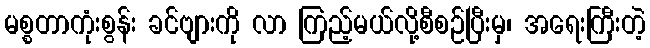
မစ္စတာကုံးစွန်း ခင်ဗျားကို လာ ကြည့်မယ်လို့စီစဉ်ပြီးမှ၊ အရေးကြီးတဲ့